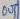
Text: OUT